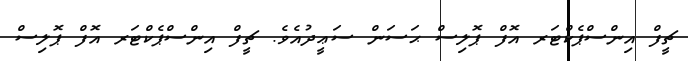
ޗީފް އިންސްޕެކްޓަރ އޮފް ޕޮލިސް ޙަސަން ސަޢީދުއެވެ. ޗީފް އިންސްޕެކްޓަރ އޮފް ޕޮލިސް